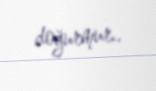
doğurmur..